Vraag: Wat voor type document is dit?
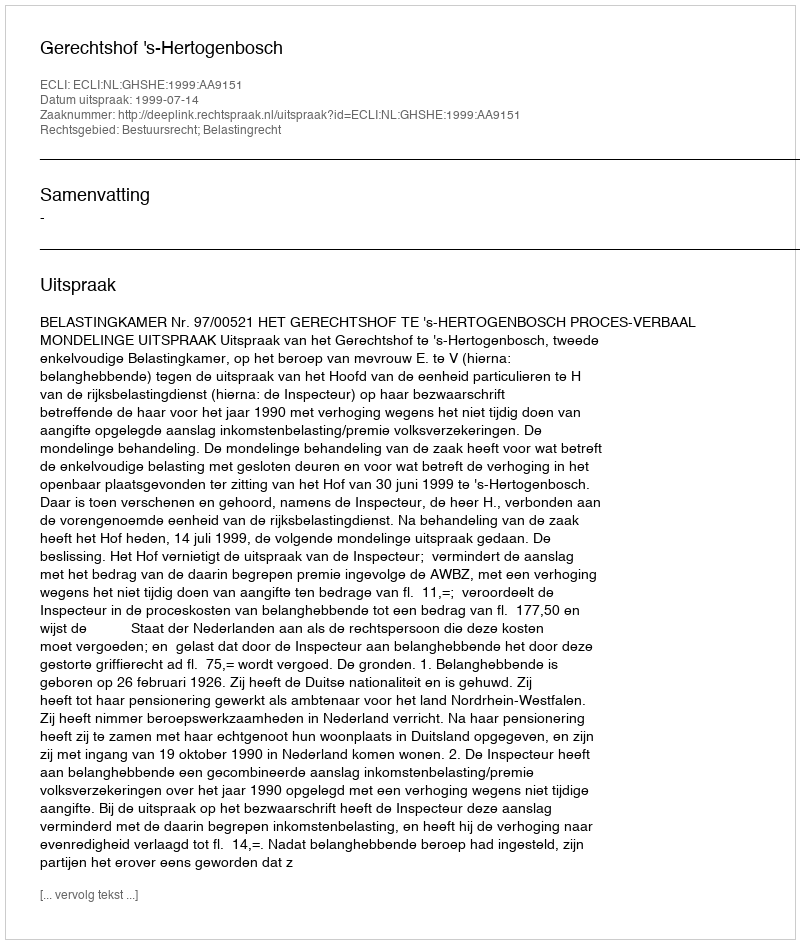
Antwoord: Uitspraak